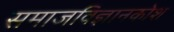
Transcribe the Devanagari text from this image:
समाजविज्ञानकोश